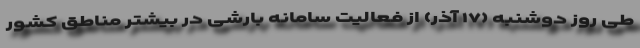
طی روز دوشنبه (۱۷ آذر) از فعالیت سامانه بارشی در بیشتر مناطق کشور